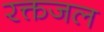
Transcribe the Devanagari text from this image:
रक्तजल